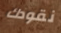
نقودك